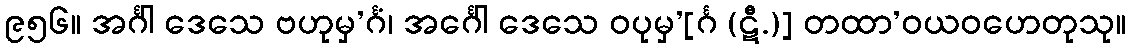
၉၅၆။ အင်္ဂါ ဒေသေ ဗဟုမှ’င်္ဂံ၊ အင်္ဂေါ ဒေသေ ဝပုမှ’[င်္ဂ (ဋီ.)] တထာ’ဝယဝဟေတုသု။